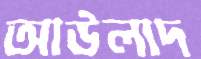
আউলাদ